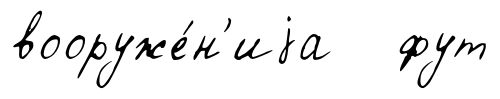
вооруже́н'иjа фут